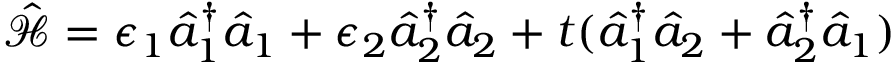
\begin{array} { r } { \mathcal { \hat { H } } = \epsilon _ { 1 } \hat { a } _ { 1 } ^ { \dagger } \hat { a } _ { 1 } + \epsilon _ { 2 } \hat { a } _ { 2 } ^ { \dagger } \hat { a } _ { 2 } + t ( \hat { a } _ { 1 } ^ { \dagger } \hat { a } _ { 2 } + \hat { a } _ { 2 } ^ { \dagger } \hat { a } _ { 1 } ) } \end{array}